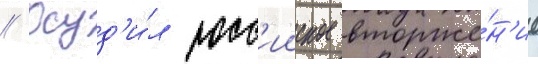
// Осуд'и́л росс'ииское вторже́н'ие